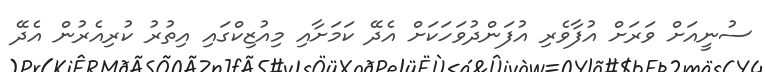
ސުނީއަށް ވަރަށް އުފާވެރި އުފަންދުވަހަކަށް އެދޭ ކަމަށާއި މިއުޒިކްގައި އިތުރު ކުރިއެރުން އެދޭ